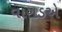
વાગડએ